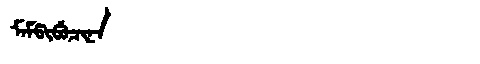
Manchu: ᠮᠠᠮᡦᡳᠪᡠᠴᡳᠨᠠ
Romanization: MAMPIBUCINA